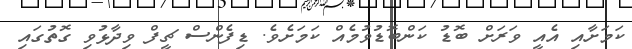
ކަމަށާއި އެއީ ވަރަށް ބޮޑު ކަންބޮޑުވުމެއް ކަމަށެވެ. ޑިފެންސް ޗީފް ވިދާޅުވި ގޮތުގައި